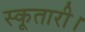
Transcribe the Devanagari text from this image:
स्कूतारी।